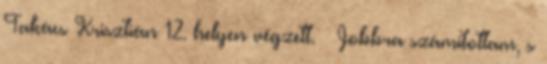
Takács Krisztián 12. helyen végzett. – Jobbra számítottam, s